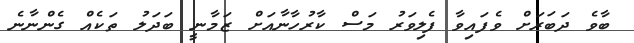
ބާވެ ދަބަރަށް ވެފައިވާ ފެލިވަރު މަސް ކާރުހާނާއަށް ޒަމާނީ ބަދަލު ތަކެއް ގެންނާނެ